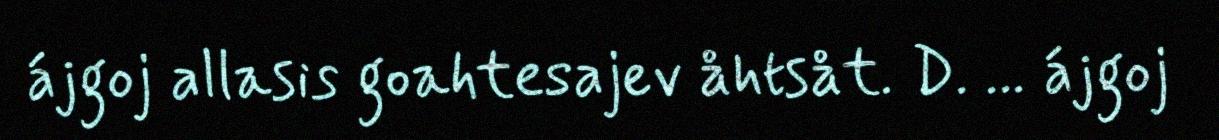
ájgoj allasis goahtesajev åhtsåt. D. ... ájgoj